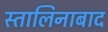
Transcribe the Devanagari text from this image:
स्तालिनाबाद